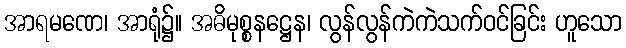
အာရမဏေ၊ အာရုံ၌။ အဓိမုစ္စနဋ္ဌေန၊ လွန်လွန်ကဲကဲသက်ဝင်ခြင်း ဟူသော